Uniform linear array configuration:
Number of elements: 8
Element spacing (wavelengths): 0.75
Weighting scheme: hamming
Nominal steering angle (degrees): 60
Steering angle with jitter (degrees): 60.554
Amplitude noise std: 0.05
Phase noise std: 0.05

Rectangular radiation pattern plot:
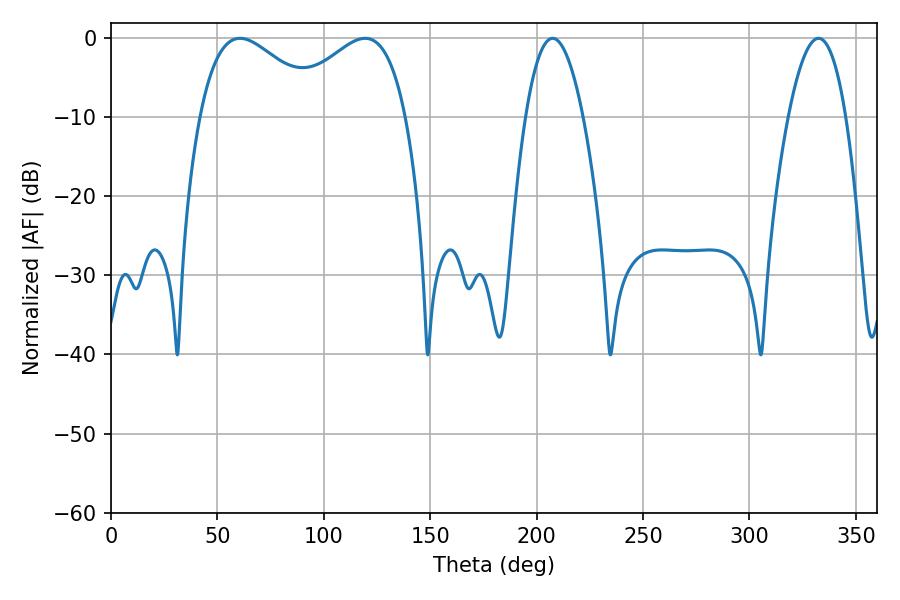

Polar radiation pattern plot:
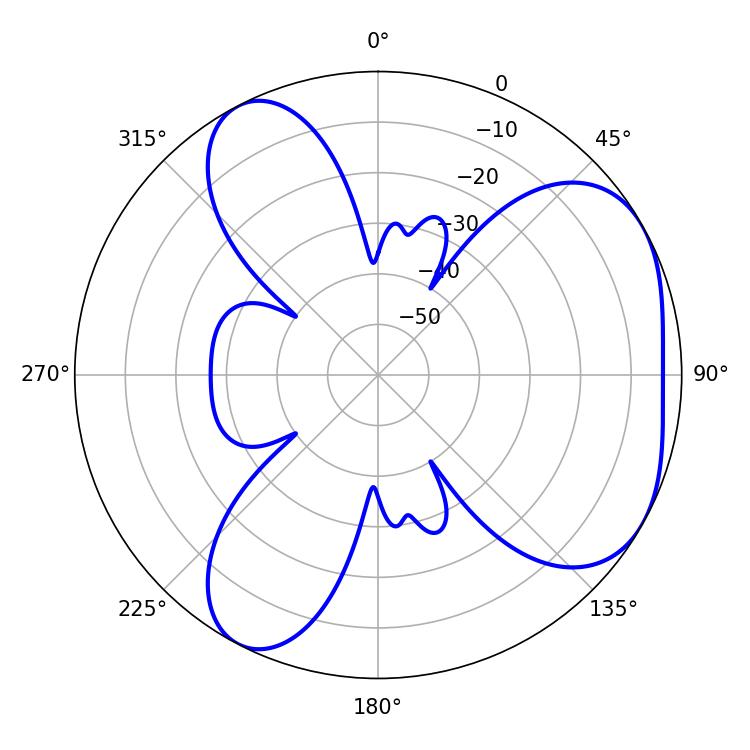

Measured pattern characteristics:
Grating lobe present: TRUE
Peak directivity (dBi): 4.47
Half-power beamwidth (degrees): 14.94
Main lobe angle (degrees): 207.54